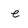
Character: e